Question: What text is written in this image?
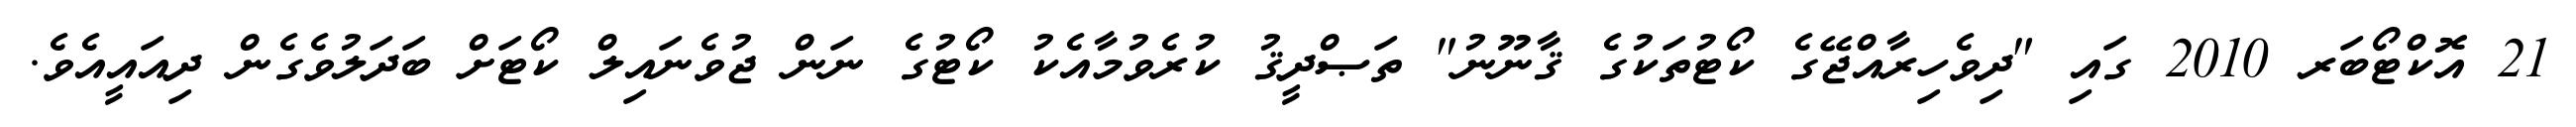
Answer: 21 އޮކްޓޯބަރ 2010 ގައި "ދިވެހިރާއްޖޭގެ ކޯޓުތަކުގެ ޤާނޫނު" ތަޞްދީޤު ކުރެވުމާއެކު ކޯޓުގެ ނަން ޖުވެނައިލް ކޯޓަށް ބަދަލުވެގެން ދިއައީއެވެ.